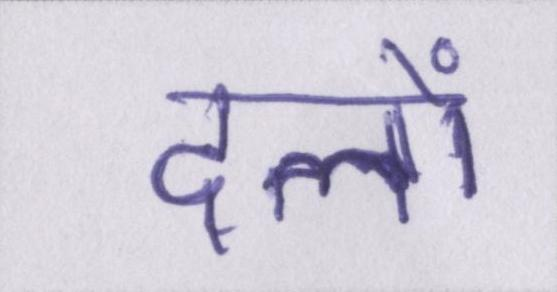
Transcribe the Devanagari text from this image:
दलों